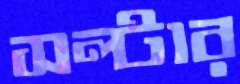
সল্টার